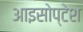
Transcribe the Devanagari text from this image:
आइसोप्टेश